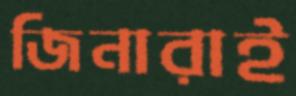
জিনারাই